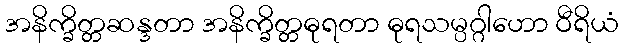
အနိက္ခိတ္တဆန္ဒတာ အနိက္ခိတ္တဓုရတာ ဓုရသမ္ပဂ္ဂါဟော ဝီရိယံ